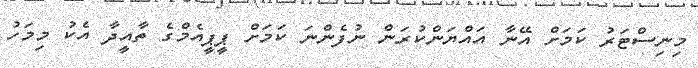
މިނިސްޓަރު ކަމަށް އޭނާ އައްޔަންކުރަން ނުފެންނަ ކަމަށް ޕީޕީއެމްގެ ތާއީދާ އެކު މިމަހު